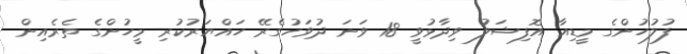
ފުލުހުންގެ މީޑިއާ އޮފިޝަލު ވިދާޅުވީ 18 ވަނަ ދުވަހުގެރޭ ހައްޔަރުކުރި މީހުންގެ ތެރެއިން